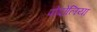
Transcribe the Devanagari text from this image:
पोदोलिया